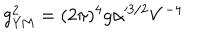
g _ { \mathrm { Y M } } ^ { 2 } = ( 2 \pi ) ^ { 4 } g \alpha ^ { 3 / 2 } V ^ { - 4 }